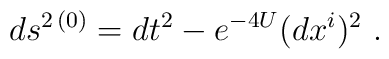
ds^{2 \,(0)} = dt^2 - e^{-4U} (dx^i)^2\ .